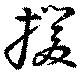
援